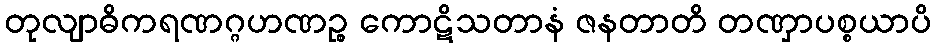
တုလျာဓိကရဏဂ္ဂဟဏဉ္စ ကောဋိသတာနံ ဇနတာတိ တဏှာပစ္စယာပိ